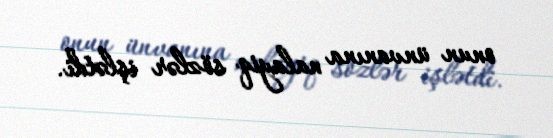
onun ünvanına nalayiq sözlər işlətdi.